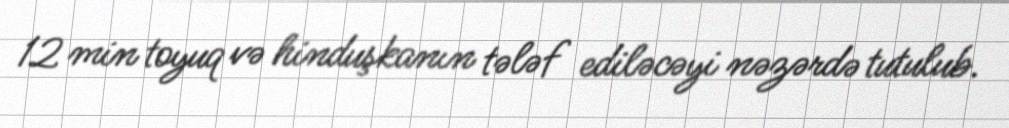
12 min toyuq və hinduşkanın tələf ediləcəyi nəzərdə tutulub.